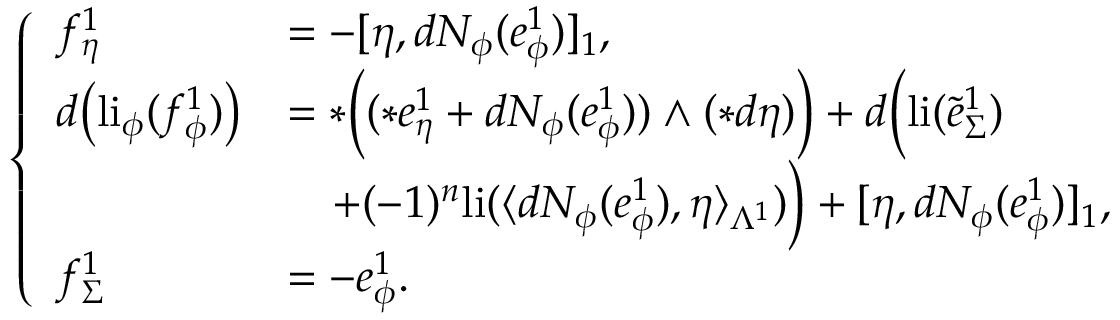
\left\{ \begin{array} { l l } { f _ { \eta } ^ { 1 } } & { = - [ \eta , d N _ { \phi } ( e _ { \phi } ^ { 1 } ) ] _ { 1 } , } \\ { d \big ( \mathrm { l i } _ { \phi } ( f _ { \phi } ^ { 1 } ) \big ) } & { = \ast \Big ( ( \ast e _ { \eta } ^ { 1 } + d N _ { \phi } ( e _ { \phi } ^ { 1 } ) ) \wedge ( \ast d \eta ) \Big ) + d \Big ( \mathrm { l i } ( \tilde { e } _ { \Sigma } ^ { 1 } ) } \\ & { \quad + ( - 1 ) ^ { n } \mathrm { l i } ( \langle d N _ { \phi } ( e _ { \phi } ^ { 1 } ) , \eta \rangle _ { \Lambda ^ { 1 } } ) \Big ) + [ \eta , d N _ { \phi } ( e _ { \phi } ^ { 1 } ) ] _ { 1 } , } \\ { f _ { \Sigma } ^ { 1 } } & { = - e _ { \phi } ^ { 1 } . } \end{array} \right.